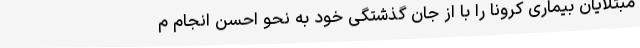
مبتلایان بیماری کرونا را با از جان گذشتگی خود به نحو احسن انجام م